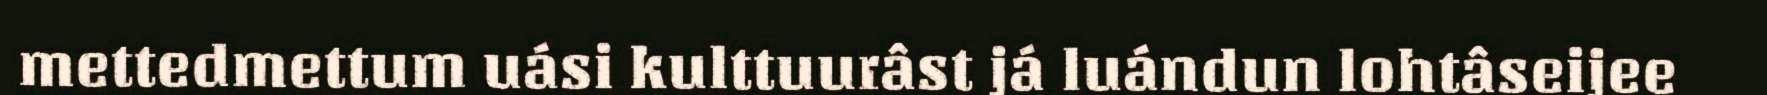
mettedmettum uási kulttuurâst já luándun lohtâseijee